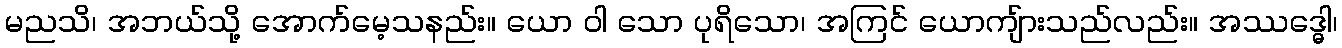
မညသိ၊ အဘယ်သို့ အောက်မေ့သနည်း။ ယော ဝါ သော ပုရိသော၊ အကြင် ယောကျ်ားသည်လည်း။ အဿဒ္ဓေါ၊